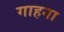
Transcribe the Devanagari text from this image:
गाहना